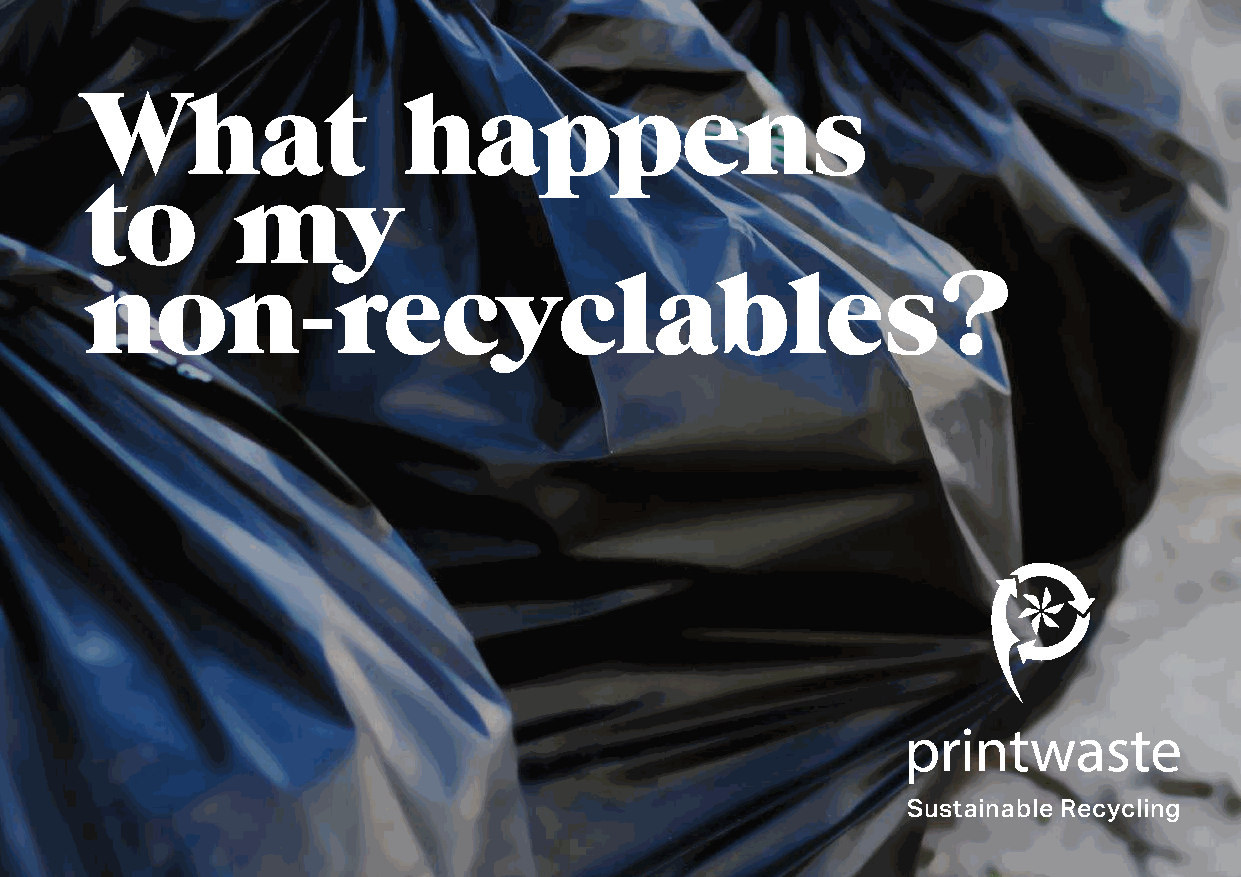
What                 happens
 to       my
 non-recyclables?
 Sustainable Recycling